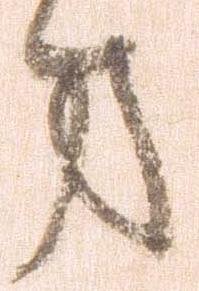
方